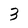
Character: 3